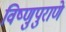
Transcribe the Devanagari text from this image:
विष्णुपुराणे